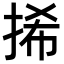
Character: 𢬾